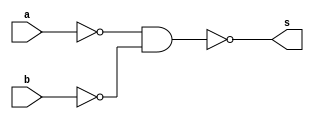
// ---------------------
// Guia 02_01 - Porta OR usando portas NAND
// Nome: Alyson Deives
// ---------------------

// ---------------------
// -- or gate
// ---------------------

module orgate (s, a, b);
 output s;
 input  a, b;
 wire temp1, temp2;

 assign temp1 = ~(a & a);
 assign temp2 = ~(b & b);
 assign s = ~(temp1 & temp2);


endmodule // orgate

// ---------------------
// -- test or gate
// ---------------------

module testorgate;
 reg   a,b;
 wire  s;
          
			 // instancia
 orgate OR1 (s,a,b);
 
 initial begin:start
      a=0; b=0;
 end
          // parte principal
 initial begin:main
      $display("Guia 02_01 - Alyson Deives - 416589");
      $display("PORTA OR (USANDO PORTAS NAND)");
		$display("\nA ^ B = S\n");
      $monitor("%b ^ %b = %b", a, b, s);
  #1  a=0; b=1;
  #1  a=1; b=0;
  #1  a=1; b=1;
  end

endmodule // testorgate

// OBS.: SE POSSIVEL, TENTE USAR AS DEFINICOES DE PORTAS
//       E DEIXE AS EXPRESSOES SOMENTE PARA QUANDO FOR ESTRITAMENTE NECESSARIO.